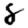
Digit: 8